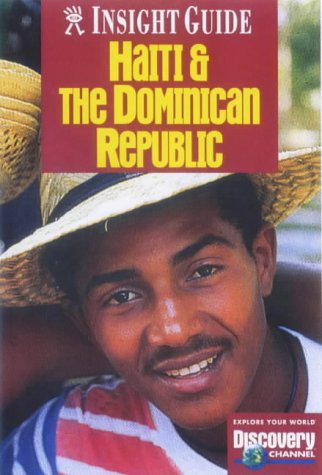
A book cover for Dominican Republic and Haiti Insight Guide (Insight Guides); Travel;